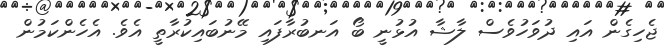
ޖެހިގެން އައި ދުވަހުވެސް ލާޝާ އުޅުނީ ބޯ އަނބުރާފައި މޭނުބައިކުރާތީ އެވެ. އެހެންކަމުން